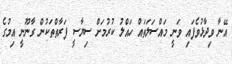
އޭނާ ވިދާޅުވެފައި ވަނީ މައްސަލަތައް ހައްލު ކުރުމަށް ސިޔާސީ ފަރާތްތަކުން ގާނޫނީ އިމުގެ